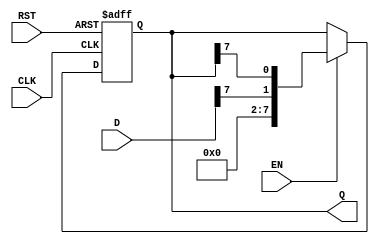
module ShiftRegister #(
    parameter N = 8  // Define the size of the shift register (number of bits)
)(
    input wire [N-1:0] D,   // Input data
    input wire CLK,         // Clock signal
    input wire RST,         // Asynchronous reset
    input wire EN,          // Enable signal for shifting
    output reg [N-1:0] Q    // Output data
);

    // Always block triggered on the rising edge of the clock or reset
    always @(posedge CLK or posedge RST) begin
        if (RST) begin
            // Reset the shift register to 0
            Q <= {N{1'b0}};
        end else if (EN) begin
            // Shift right: input D goes to LSB, and current bits shift right
            Q <= {D[N-1], Q[N-1:N-1]}; // Shift right and load new data
        end
    end

endmodule